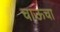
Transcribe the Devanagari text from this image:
चाऊचा